Scottish Leaving Certificate Examination, 1952
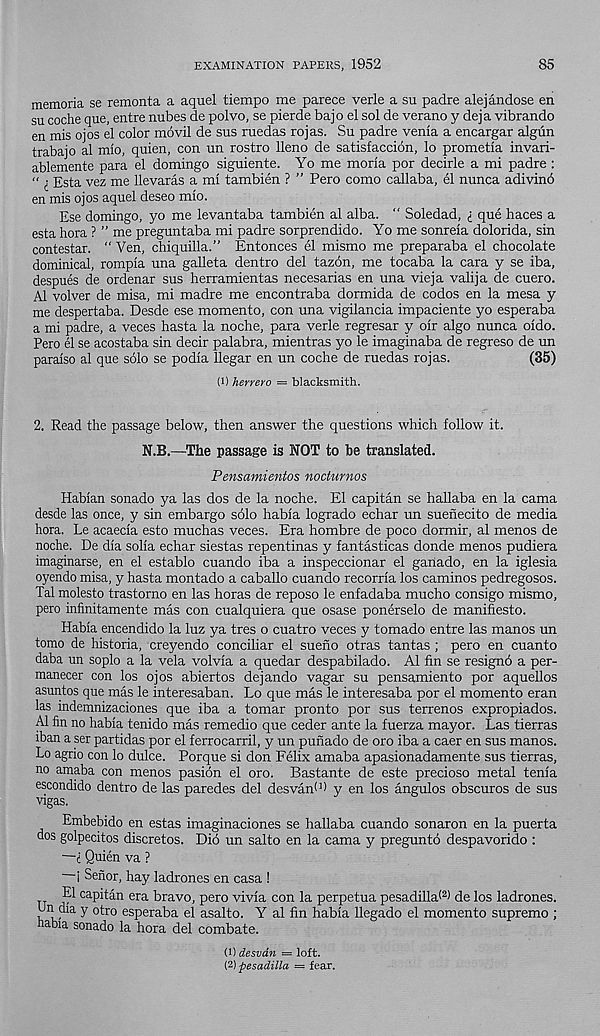
EXAMINATION PAPERS, 1952
85
memoria se remonta a aquel tiempo me parece verle a su padre alejandose en
su coche que, entre nubes de polvo, se pierde bajo el sol de verano y deja vibrando
en mis ojos el color movil de sus ruedas rojas. Su padre venla a encargar algun
trabajo al mlo, quien, con un rostro lleno de satisfaccion, lo prometla invari-
ablemente para el domingo siguiente. Yo me morla por decide a mi padre :
“ i Esta vez me llevaras a mi tambien ? ” Pero como callaba, el nunca adivind
en mis ojos aquel deseo mio.
Ese domingo, yo me levantaba tambien al alba. “ Soledad, i que haces a
esta hora ? ” me preguntaba mi padre sorprendido. Yo me sonreia dolorida, sin
contestar. “ Yen, chiquilla.” Entonces el mismo me preparaba el chocolate
dominical, rompia una galleta dentro del tazon, me tocaba la cara y se iba,
despues de ordenar sus herramientas necesarias en una vieja valija de cuero.
Al volver de misa, mi madre me encontraba dormida de codos en la mesa y
me despertaba. Desde ese momento, con una vigilancia impaciente yo esperaba
a mi padre, a veces hasta la noche, para verle regresar y oir algo nunca oido.
Pero el se acostaba sin decir palabra, mientras yo le imaginaba de regreso de un
paraiso al que sdlo se podia llegar en un coche de ruedas rojas.
(35)
(1) herrero = blacksmith.
2. Read the passage below, then answer the questions which follow it.
N.B.—The passage is NOT to be translated.
Pensamientos nocturnos
Habian sonado ya las dos de la noche. El capitan se hallaba en la cama
desde las once, y sin embargo sdlo habia logrado echar un suenecito de media
hora. Le acaecia esto muchas veces. Era hombre de poco dormir, al menos de
noche. De dia solia echar siestas repentinas y fantasticas donde menos pudiera
imaginarse, en el establo cuando iba a inspeccionar el ganado, en la iglesia
oyendo misa, y hasta montado a caballo cuando recorria los caminos pedregosos.
Tal molesto trastorno en las horas de reposo le enfadaba mucho consigo mismo,
pero infinitamente mas con cualquiera que osase ponerselo de manifiesto.
Habia encendido la luz ya tres o cuatro veces y tornado entre las manos un
tomo de historia, creyendo conciliar el sueno otras tantas ; pero en cuanto
daba un soplo a la vela volvia a quedar despabilado. Al fin se resigno a per-
manecer con los ojos abiertos dejando vagar su pensamiento por aquellos
asuntos que mas le interesaban. Lo que mas le interesaba por el momento eran
las indemnizaciones que iba a tomar pronto por sus terrenos expropiados.
Al fin no habia tenido mas remedio que ceder ante la fuerza mayor. Las tierras
iban a ser partidas por el ferrocarril, y un punado de oro iba a caer en sus manos.
Lo agrio con lo dulce. Porque si don Felix amaba apasionadamente sus tierras,
no amaba con menos pasion el oro. Bastante de este precioso metal tenia
escondido dentro de las paredes del desvant 1 ) y en los angulos obscuros de sus
vigas.
Embebido en estas imaginaciones se hallaba cuando sonaron en la puerta
dos golpecitos discretes. Dio un salto en la cama y pregunto despavorido :
—d Quien va ?
i Senor, hay ladrones en casa !
El capitan era bravo, pero vivia con la perpetua pesadilla (2 > de los ladrones.
Un dia y 0 t r0 esperaba el asalto. Y al fin habia llegado el momento supremo ;
habia sonado la hora del combate.
(1) desvdn = loft.
( 2 ) pesadilla — fear.